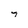
Character: 7